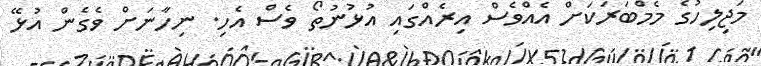
މަޖިލިހުގެ މެމްބަރަކަށް އެއްވެސް އިރެއްގައި އުޅުނުތޯ ވެސް އެހި. ނިހާނަށް ވެގެން އުޅޭ